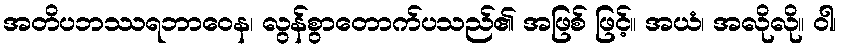
အတိပဘဿရဘာဝေန၊ လွန်စွာတောက်ပသည်၏ အဖြစ် ဖြင့်။ အယံ၊ အလိုလို။ ဝါ၊